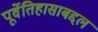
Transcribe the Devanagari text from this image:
पूर्वेतिहासाबद्दल